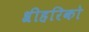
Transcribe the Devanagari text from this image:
श्रीहरिको